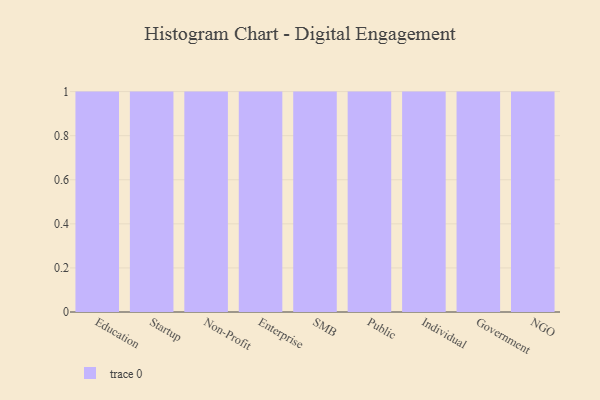
{"axis": {"x": "Segment", "y": "Energy Usage (MWh)"}, "legend": [""], "data": [{"x": "Education", "y": 76, "type": ""}, {"x": "Startup", "y": 46, "type": ""}, {"x": "Non-Profit", "y": 22, "type": ""}, {"x": "Enterprise", "y": 87, "type": ""}, {"x": "SMB", "y": 91, "type": ""}, {"x": "Public", "y": 33, "type": ""}, {"x": "Individual", "y": 100, "type": ""}, {"x": "Government", "y": 26, "type": ""}, {"x": "NGO", "y": 31, "type": ""}]}